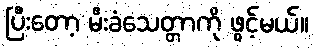
ပြီးတော့ မီးခံသေတ္တာကို ဖွင့်မယ်။